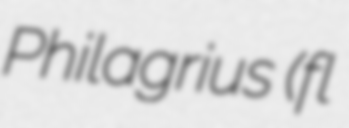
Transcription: Philagrius (fl